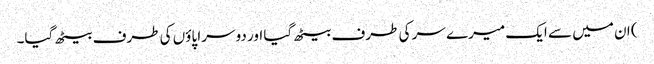
) ان میں سے ایک میرے سر کی طرف بیٹھ گیا اور دوسرا پاؤں کی طرف بیٹھ گیا۔